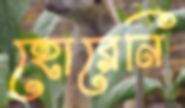
হোরেনি